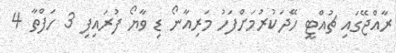
ރާއްޖޭގައި ޗުއްޓީ ހޭދަކުރުމަށްފަހު މަރިއާނޯ ޑި ވާޔޯ ފުރައިފި 3 ހަފްތާ 4